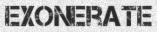
EXONERATE